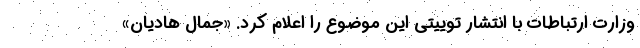
وزارت ارتباطات با انتشار توییتی این موضوع را اعلام کرد. «جمال هادیان»